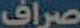
صراف